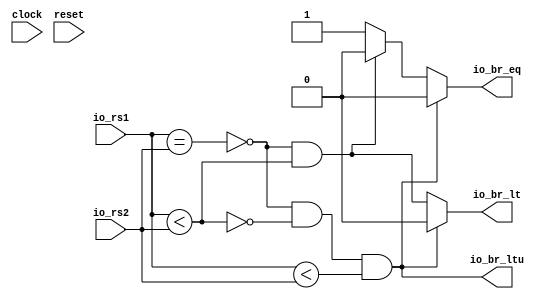
`ifdef RANDOMIZE_GARBAGE_ASSIGN
`define RANDOMIZE
`endif
`ifdef RANDOMIZE_INVALID_ASSIGN
`define RANDOMIZE
`endif
`ifdef RANDOMIZE_REG_INIT
`define RANDOMIZE
`endif
`ifdef RANDOMIZE_MEM_INIT
`define RANDOMIZE
`endif

module branch_check(
  input   clock,
  input   reset,
  input  [31:0] io_rs1,
  input  [31:0] io_rs2,
  output  io_br_eq,
  output  io_br_lt,
  output  io_br_ltu
);
  wire  _T_12;
  wire [31:0] _T_16;
  wire [31:0] _T_17;
  wire  _T_18;
  wire  _T_20;
  wire  _T_21;
  wire  _GEN_2;
  wire  _T_25;
  wire  _T_29;
  wire  _T_30;
  wire  _T_31;
  wire  _GEN_5;
  wire  _GEN_6;
  assign io_br_eq = _GEN_5;
  assign io_br_lt = _GEN_6;
  assign io_br_ltu = _T_31;
  assign _T_12 = io_rs1 == io_rs2;
  assign _T_16 = $signed(io_rs1);
  assign _T_17 = $signed(io_rs2);
  assign _T_18 = $signed(_T_16) < $signed(_T_17);
  assign _T_20 = _T_12 == 1'h0;
  assign _T_21 = _T_20 & _T_18;
  assign _GEN_2 = _T_21 ? 1'h0 : 1'h1;
  assign _T_25 = io_rs1 < io_rs2;
  assign _T_29 = _T_18 == 1'h0;
  assign _T_30 = _T_20 & _T_29;
  assign _T_31 = _T_30 & _T_25;
  assign _GEN_5 = _T_31 ? 1'h0 : _GEN_2;
  assign _GEN_6 = _T_31 ? 1'h0 : _T_21;
endmodule